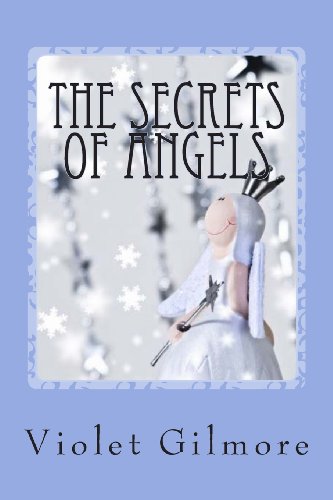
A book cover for The Secrets of Angels: An Erotic Victorian Escapade; Violet Gilmore; Romance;